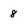
Character: 8